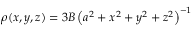
\rho ( x , y , z ) = 3 B \left( a ^ { 2 } + x ^ { 2 } + y ^ { 2 } + z ^ { 2 } \right) ^ { - 1 }